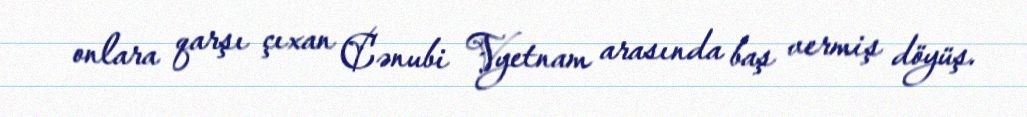
onlara qarşı çıxan Cənubi Vyetnam arasında baş vermiş döyüş.